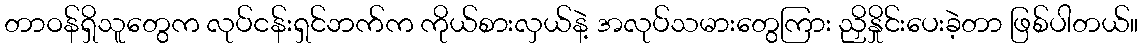
တာဝန်ရှိသူတွေက လုပ်ငန်းရှင်ဘက်က ကိုယ်စားလှယ်နဲ့ အလုပ်သမားတွေကြား ညှိနှိုင်းပေးခဲ့တာ ဖြစ်ပါတယ်။